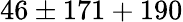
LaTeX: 46\pm 171+190